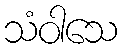
သံဝါသေ